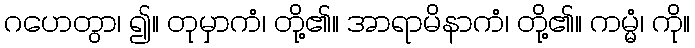
ဂဟေတွာ၊ ၍။ တုမှာကံ၊ တို့၏။ အာရာမိနာကံ၊ တို့၏။ ကမ္မံ၊ ကို။